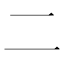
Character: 二